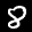
Label: 8